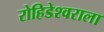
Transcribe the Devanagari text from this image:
रोहिडेश्वराला